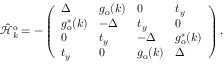
\hat { \mathcal { H } } _ { k } ^ { \mathrm { o } } = - \left( \begin{array} { l l l l } { \Delta } & { g _ { \mathrm { o } } ( k ) } & { 0 } & { t _ { y } } \\ { g _ { \mathrm { o } } ^ { * } ( k ) } & { - \Delta } & { t _ { y } } & { 0 } \\ { 0 } & { t _ { y } } & { - \Delta } & { g _ { \mathrm { o } } ^ { * } ( k ) } \\ { t _ { y } } & { 0 } & { g _ { \mathrm { o } } ( k ) } & { \Delta } \end{array} \right) \mathrm { , }